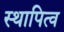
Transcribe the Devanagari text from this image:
स्थापित्व